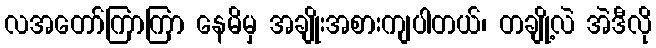
လအတော်ကြာကြာ နေမိမှ အချိုးအစားကျပါတယ်၊ တချို့လဲ အဲဒီလို